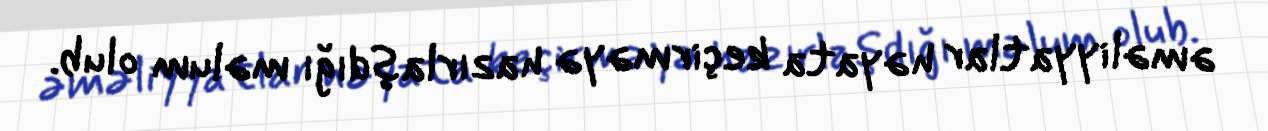
əməliyyatlar həyata keçirməyə hazırlaşdığı məlum olub.